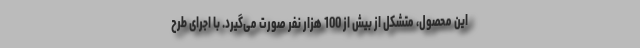
این محصول، متشکل از بیش از 100 هزار نفر صورت می‌گیرد. با اجرای طرح